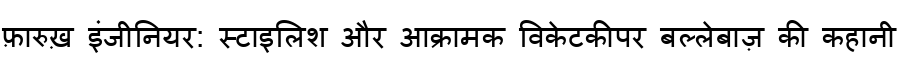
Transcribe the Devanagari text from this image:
फ़ारुख़ इंजीनियर: स्टाइलिश और आक्रामक विकेटकीपर बल्लेबाज़ की कहानी